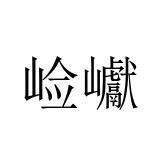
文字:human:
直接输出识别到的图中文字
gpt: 崄巘